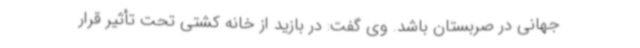
جهانی در صربستان باشد. وی گفت: در بازید از خانه کشتی تحت تأثیر قرار